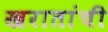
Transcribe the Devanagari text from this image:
खरातांची